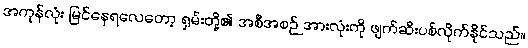
အကုန်လုံး မြင်နေရလေတော့ ရှမ်းတို့၏ အစီအစဉ် အားလုံးကို ဖျက်ဆီးပစ်လိုက်နိုင်သည်။